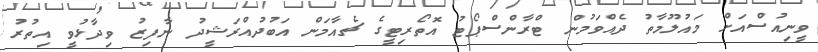
ވީނިއުސްއަށް މައުލޫމާތު ދެއްވަމުން ޓްރާންސްޕޯޓު އޮތޯރިޓީގެ ޗެއާމަން އަބުދުއްރަޝީދު ނާފިޒު ވިދާޅުވީ އިތުރު